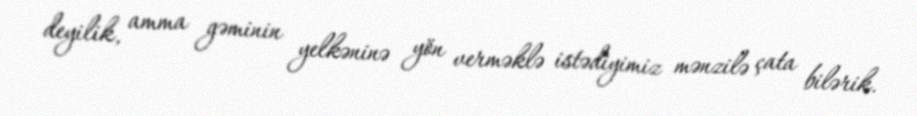
deyilik, amma gəminin yelkəninə yön verməklə istədiyimiz mənzilə çata bilərik.